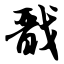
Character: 戬